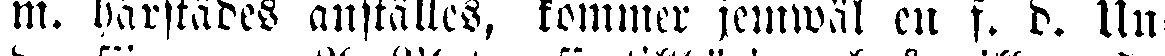
m. härstädes anställes, kommer jemwäl en f. d. Uu